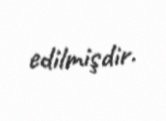
edilmişdir.